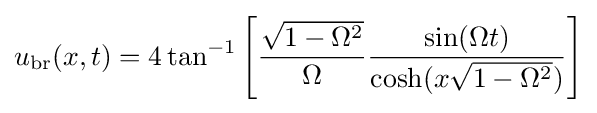
u_{\text{br}}(x,t)=4\tan ^{-1}\left[{\frac {\sqrt {1-\Omega ^{2}}}{\Omega }}{\frac {\sin(\Omega t)}{\cosh(x{\sqrt {1-\Omega ^{2}}})}}\right]